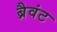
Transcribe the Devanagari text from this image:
ब्रैवंट